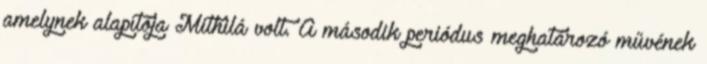
amelynek alapítója Mithilá volt. A második periódus meghatározó művének